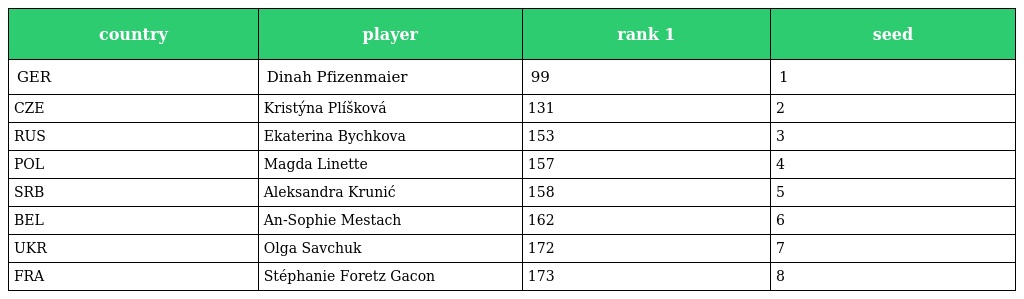
| country | player | rank 1 | seed |
 | --- | --- | --- | --- |
 | GER | Dinah Pfizenmaier | 99 | 1 |
 | CZE | Kristýna Plíšková | 131 | 2 |
 | RUS | Ekaterina Bychkova | 153 | 3 |
 | POL | Magda Linette | 157 | 4 |
 | SRB | Aleksandra Krunić | 158 | 5 |
 | BEL | An-Sophie Mestach | 162 | 6 |
 | UKR | Olga Savchuk | 172 | 7 |
 | FRA | Stéphanie Foretz Gacon | 173 | 8 |